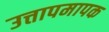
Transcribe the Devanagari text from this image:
उत्तापमापक